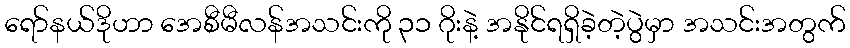
ရော်နယ်ဒိုဟာ အေစီမီလန်အသင်းကို ၃၁ ဂိုးနဲ့ အနိုင်ရရှိခဲ့တဲ့ပွဲမှာ အသင်းအတွက်